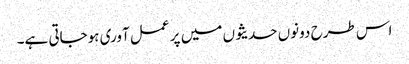
اس طرح دونوں حدیثوں میں پر عمل آوری ہوجاتی ہے۔